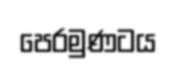
පෙරමුණටය